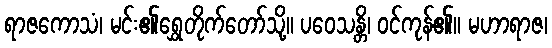
ရာဇကောသံ၊ မင်း၏ရွှေတိုက်တော်သို့။ ပဝေသန္တိ၊ ဝင်ကုန်၏။ မဟာရာဇ၊